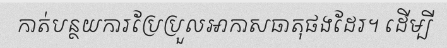
កាត់បន្ថយការប្រែប្រួលអាកាសធាតុផងដែរ។ ដើម្បី